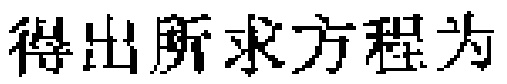
得出所求方程为